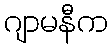
ဂျာမနီက